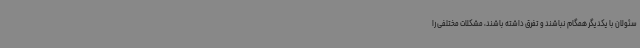
سئولان با یکدیگر همگام نباشند و تفرق داشته باشند، مشکلات مختلفی را